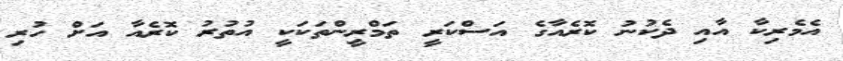
އެމެރިކާ އާއި ދެކުނު ކޮރެއާގެ އަސްކަރީ ތަމްރީންތަކަކީ އުތުރު ކޮރެއާ އަށް ހުރި